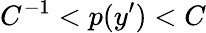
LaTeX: C^{-1}<p(y^{\prime})<C